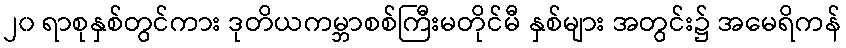
၂၀ ရာစုနှစ်တွင်ကား ဒုတိယကမ္ဘာစစ်ကြီးမတိုင်မီ နှစ်များ အတွင်း၌ အမေရိကန်